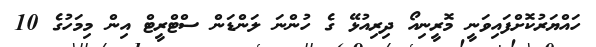
ހައްޔަރުކޮށްފައިވަނީ މޮރީނިއޯ ދިރިއުޅޭ ގެ ހުންނަ ލަންޑަން ސްޓްރީޓް އިން މިމަހުގެ 10